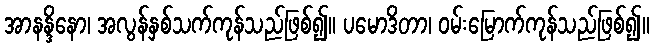
အာနန္ဒိနော၊ အလွန်နှစ်သက်ကုန်သည်ဖြစ်၍။ ပမောဒိတာ၊ ဝမ်းမြောက်ကုန်သည်ဖြစ်၍။